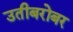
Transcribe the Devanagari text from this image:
उतीबरोबर